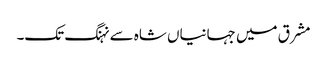
مشرق میں جہانیاں شاہ سے نہنگ تک۔